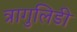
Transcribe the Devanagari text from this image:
त्रागुलिडी